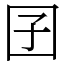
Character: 囝